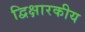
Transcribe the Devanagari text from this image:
द्विक्षारकीय